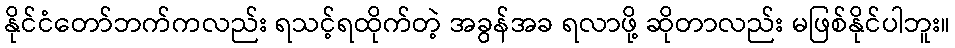
နိုင်ငံတော်ဘက်ကလည်း ရသင့်ရထိုက်တဲ့ အခွန်အခ ရလာဖို့ ဆိုတာလည်း မဖြစ်နိုင်ပါဘူး။